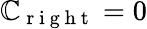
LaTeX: \mathbb{C}_{\mathrm{{~r~i~g~h~t~}}}=0